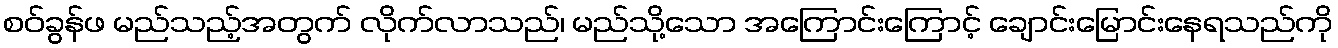
စဝ်ခွန်ဖ မည်သည့်အတွက် လိုက်လာသည်၊ မည်သို့သော အကြောင်းကြောင့် ချောင်းမြောင်းနေရသည်ကို